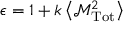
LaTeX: \epsilon = 1 + k \left\langle { \mathcal { M } } _ { \mathrm { T o t } } ^ { 2 } \right\rangle